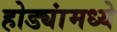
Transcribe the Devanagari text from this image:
होड्यांमध्ये